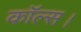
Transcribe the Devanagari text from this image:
कॉल्‍स।